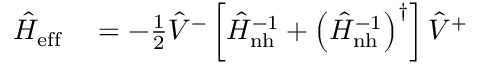
\begin{array} { r l } { \hat { H } _ { \mathrm { e f f } } } & { { } = - \frac { 1 } { 2 } \hat { V } ^ { - } \left[ \hat { H } _ { \mathrm { n h } } ^ { - 1 } + \left( \hat { H } _ { \mathrm { n h } } ^ { - 1 } \right) ^ { \dagger } \right] \hat { V } ^ { + } } \end{array}